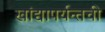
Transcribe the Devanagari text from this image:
खांद्यापर्यन्तची